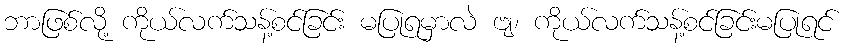
ဘာဖြစ်လို့ ကိုယ်လက်သန့်စင်ခြင်း မပြုရမှာလဲ ဗျ၊ ကိုယ်လက်သန့်စင်ခြင်းမပြုရင်